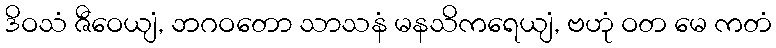
ဒိဝသံ ဇီဝေယျံ, ဘဂဝတော သာသနံ မနသိကရေယျံ, ဗဟုံ ဝတ မေ ကတံ